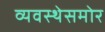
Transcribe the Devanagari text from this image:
व्यवस्थेसमोर